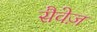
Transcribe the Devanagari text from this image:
सैवेज़